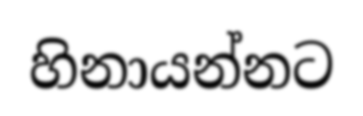
හිනායන්නට